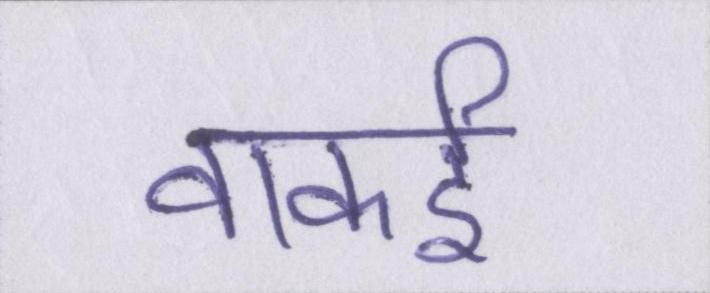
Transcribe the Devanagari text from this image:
वाकई